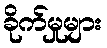
ခိုက်မှုများ